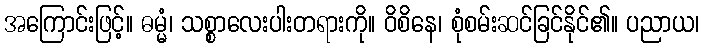
အကြောင်းဖြင့်။ ဓမ္မံ၊ သစ္စာလေးပါးတရားကို။ ဝိစိနေ၊ စုံစမ်းဆင်ခြင်နိုင်၏။ ပညာယ၊